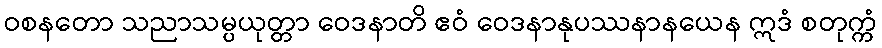
ဝစနတော သညာသမ္ပယုတ္တာ ဝေဒနာတိ ဧဝံ ဝေဒနာနုပဿနာနယေန ဣဒံ စတုက္ကံ